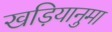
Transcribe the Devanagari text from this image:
खड़ियानुमा